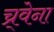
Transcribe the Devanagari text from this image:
च्र्वेना